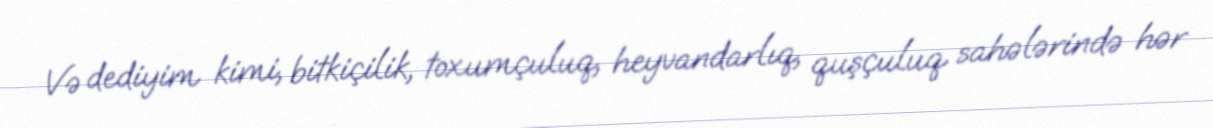
Və dediyim kimi, bitkiçilik, toxumçuluq, heyvandarlıq, quşçuluq sahələrində hər